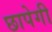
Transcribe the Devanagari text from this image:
छापेगी